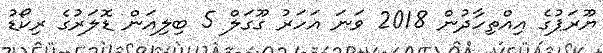
ޔޫރަޕުގެ އިއްތިހާދުން 2018 ވަނަ އަހަރު ގޫގަލް 5 ބިލިއަން ޑޮލަރުގެ ރިކޯޑު